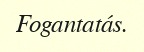
Fogantatás.